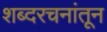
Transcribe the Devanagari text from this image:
शब्दरचनांतून